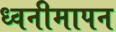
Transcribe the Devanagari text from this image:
ध्वनीमापन